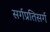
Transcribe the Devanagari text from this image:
सर्गप्रतिसर्ग